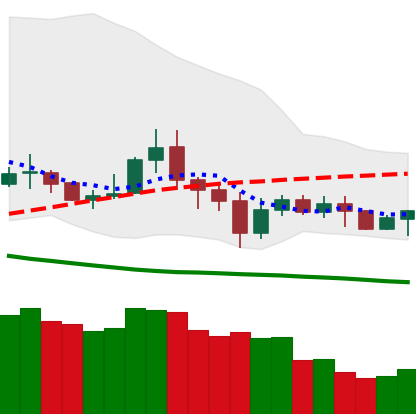
Ticker: NEO-USD
Chart end date: 2020-07-05
Forward return: 4.574%
Label: up_3_5